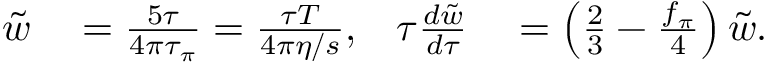
\begin{array} { r l r l } { \tilde { w } } & { { } = \frac { 5 \tau } { 4 \pi \tau _ { \pi } } = \frac { \tau T } { 4 \pi \eta / s } , } & { \tau \frac { d { \tilde { w } } } { d \tau } } & { { } = \left( \frac { 2 } { 3 } - \frac { f _ { \pi } } { 4 } \right) { \tilde { w } } . } \end{array}